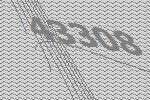
43308